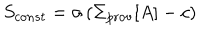
S _ { c o n s t } = \sigma \left( \Sigma _ { \mathrm { p r o v } } [ A ] - c \right)